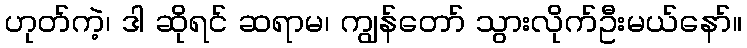
ဟုတ်ကဲ့၊ ဒါ ဆိုရင် ဆရာမ၊ ကျွန်တော် သွားလိုက်ဦးမယ်နော်။